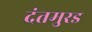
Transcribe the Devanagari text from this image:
दंतमुरड